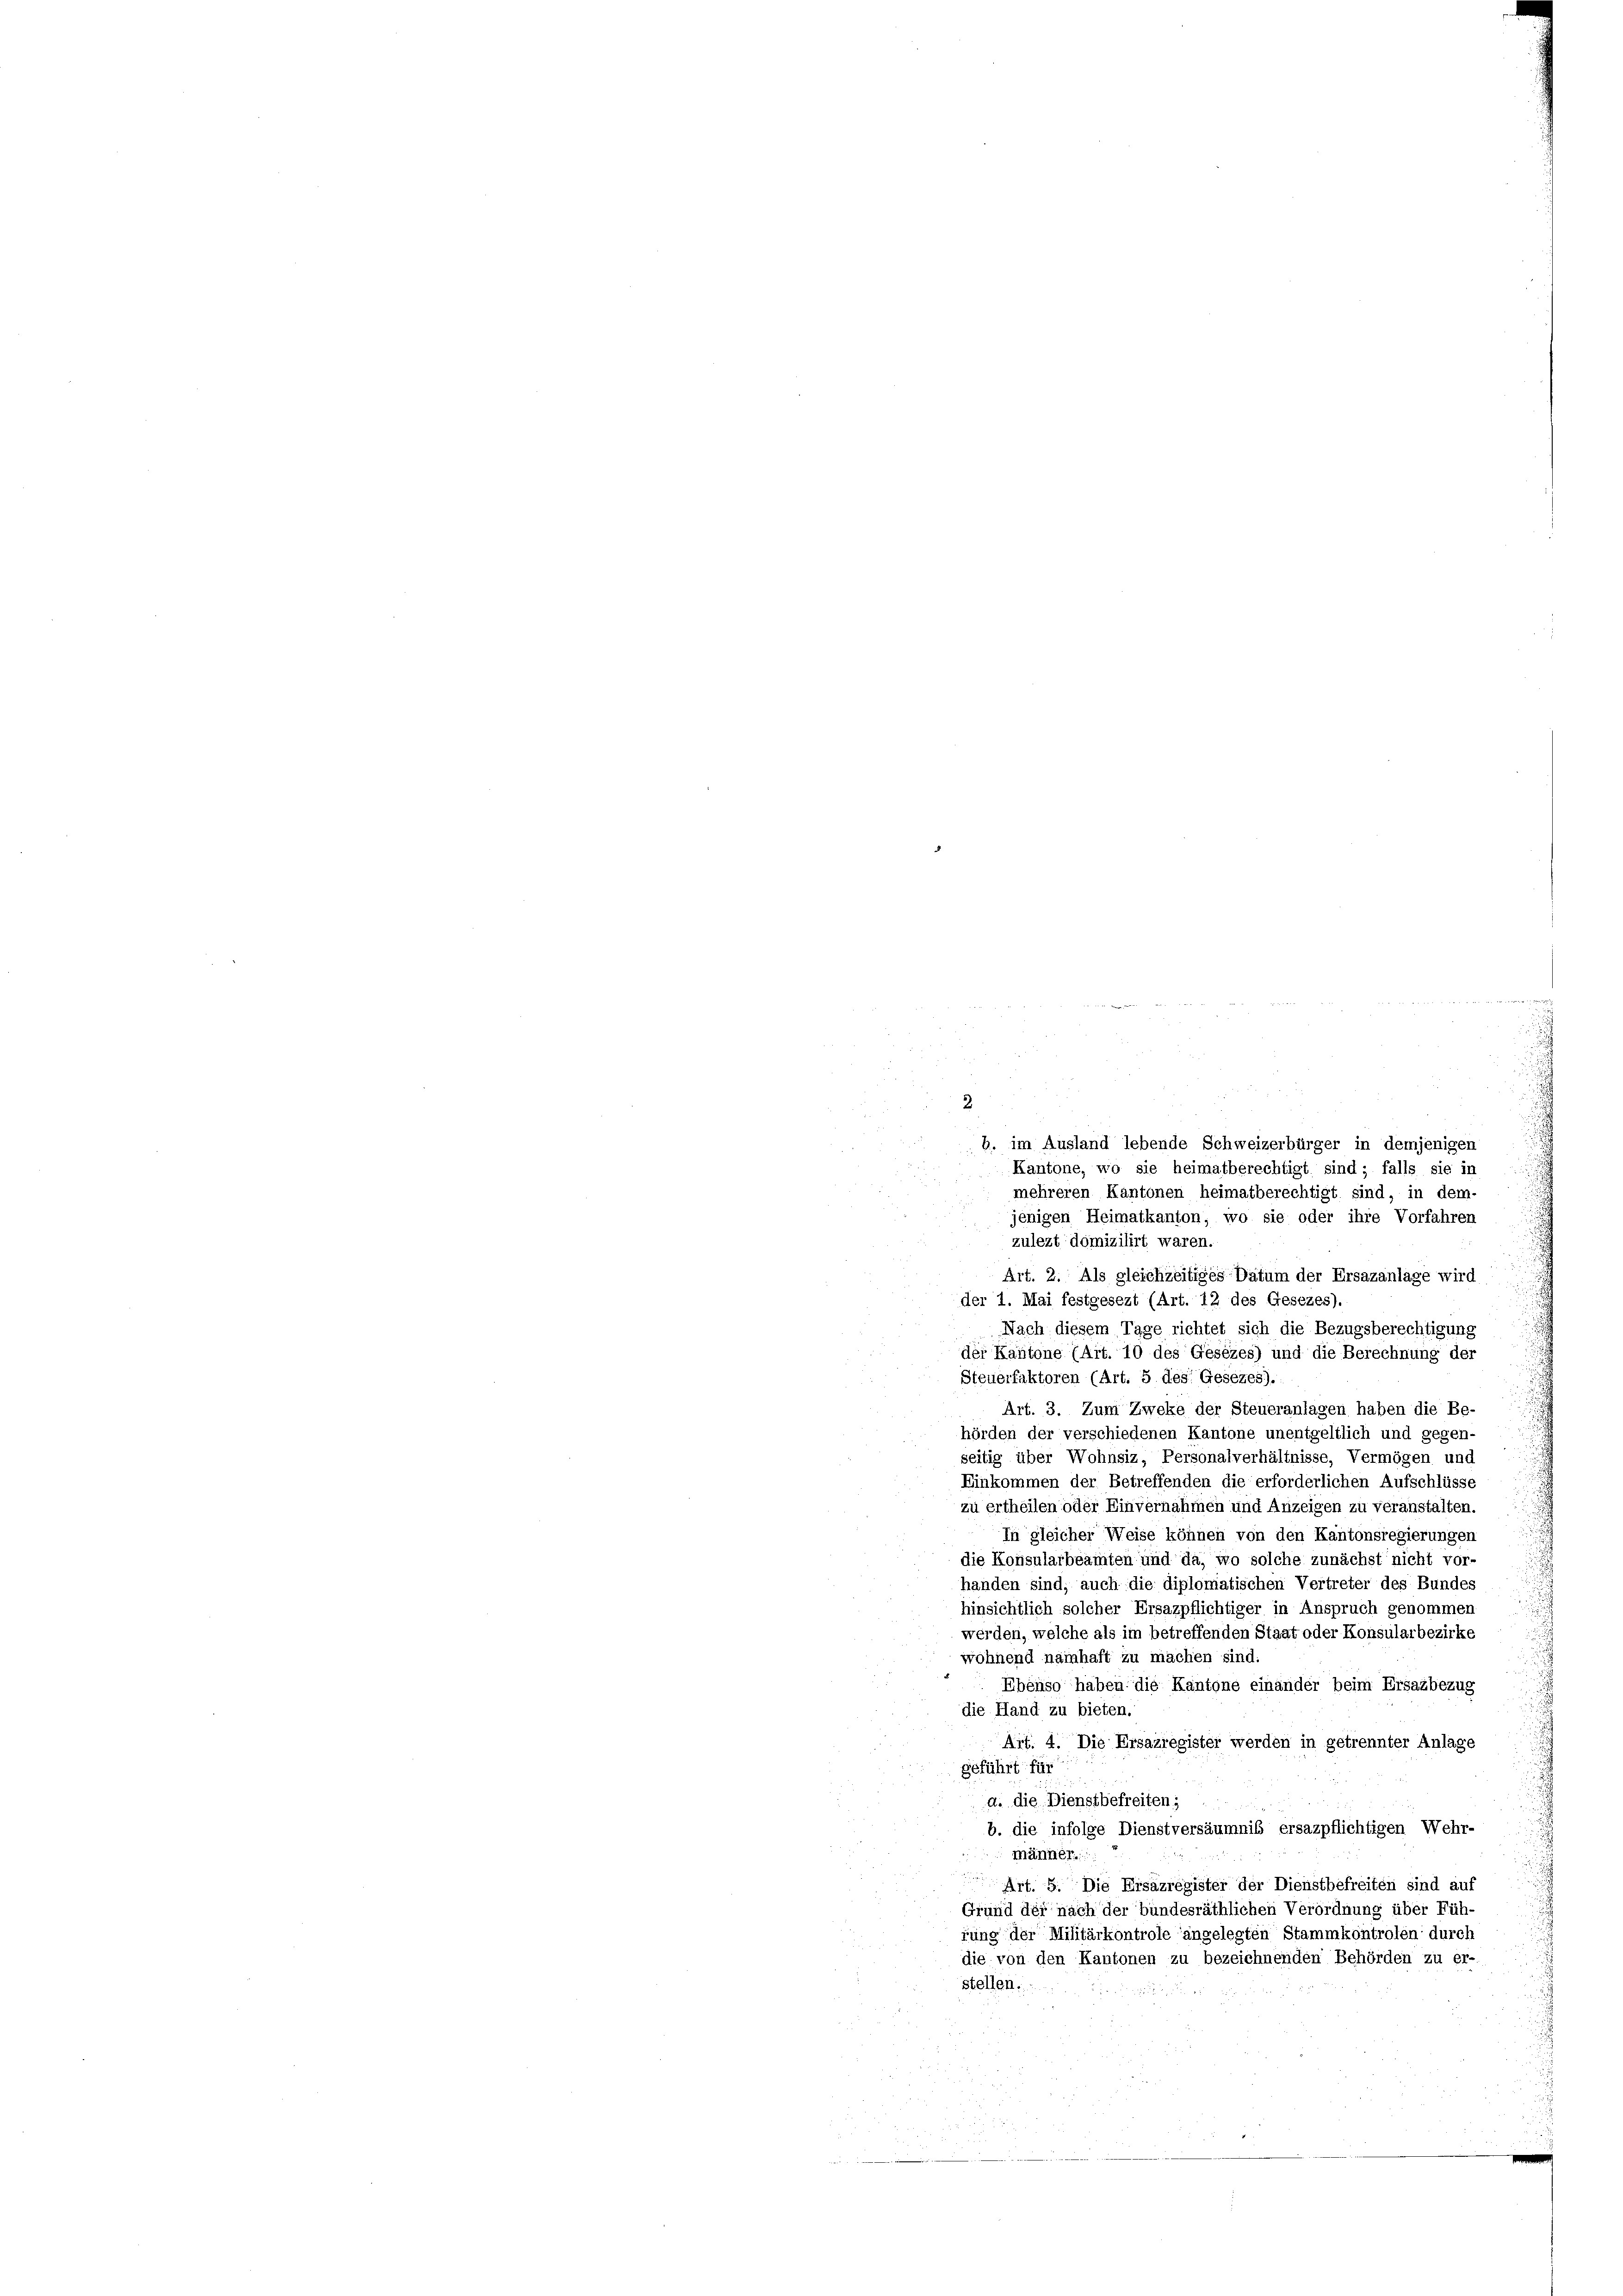
2

2.
b. im Ausland lebende Schweizerbürger in demjenigen
Kantone, wo sie heimatberechtigt sind; falls sie in
mehreren Kantonen heimatberechtigt sind, in dem-
jenigen Heimatkanton, wo sie oder ihre Vorfahren
zulezt domizilirt waren.
Art. 2. Als gleichzeitiges Datum der Ersazanlage wird
der 1. Mai festgesezt (Art. 12 des Gesezes).
Nach diesem Tage richtet sich die Bezugsberechtigung
der Kantone (Art. 10 des Gesezes) und die Berechnung der
Steuerfaktoren (Art. 5 des Gesezes).
Art. 3. Zum Zweke der Steueranlagen haben die Be-
hörden der verschiedenen Kantone unentgeltlich und gegen-
seitig über Wohnsiz, Personalverhältnisse, Vermögen und
Einkommen der Betreffenden die erforderlichen Aufschlüsse
zu ertheilen oder Einvernahmen und Anzeigen zu veranstalten.
In gleicher Weise können von den Kantonsregierungen
die Konsularbeamten und da, wo solche zunächst nicht vor-
handen sind, auch die diplomatischen Vertreter des Bundes
hinsichtlich solcher Ersazpflichtiger in Anspruch genommen
werden, welche als im betreffenden Staat oder Konsularbezirke
wohnend namhaft zu machen sind.
s
Ebenso haben die Kantone einander beim Ersazbezug
die Hand zu bieten.
Art. 4. Die Ersazregister werden in getrennter Anlage
geführt für
a. die Dienstbefreiten;
b. die infolge Dienstversäumnis ersazpflichtigen Wehr-
männer

Art. 5. Die Ersäzregister der Dienstbefreiten sind auf
Grund der nach der bundesräthlichen Verordnung über Füh-
rung der Militärkontrole angelegten Stammkontrolen durch
die von den Kantonen zu bezeichnenden Behörden zu er-
stellen.